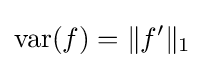
{\rm {var}}(f)=\|f'\|_{1}